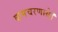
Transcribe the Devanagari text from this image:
वामचरणाग्रे।